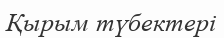
Қырым түбектері